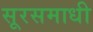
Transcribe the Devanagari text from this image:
सूरसमाधी